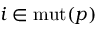
i \in \mathrm { m u t } ( p )